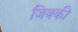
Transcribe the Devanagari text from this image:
जिक्की